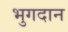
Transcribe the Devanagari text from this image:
भुगदान